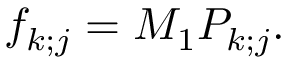
f _ { k ; j } = M _ { 1 } P _ { k ; j } .